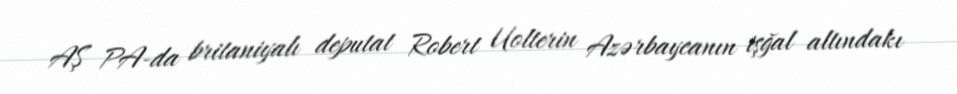
AŞ PA-da britaniyalı deputat Robert Uolterin Azərbaycanın işğal altındakı